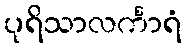
ပုရိသာလင်္ကာရံ